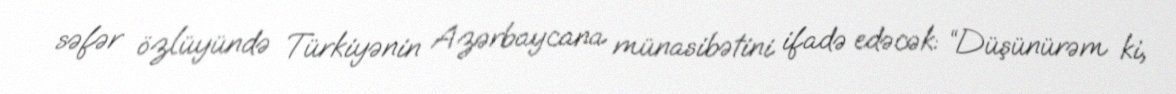
səfər özlüyündə Türkiyənin Azərbaycana münasibətini ifadə edəcək: “Düşünürəm ki,